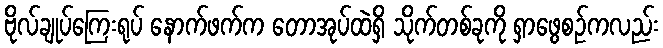
ဗိုလ်ချုပ်ကြေးရုပ် နောက်ဖက်က တောအုပ်ထဲရှိ သိုက်တစ်ခုကို ရှာဖွေစဉ်ကလည်း